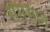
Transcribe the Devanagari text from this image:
समसान